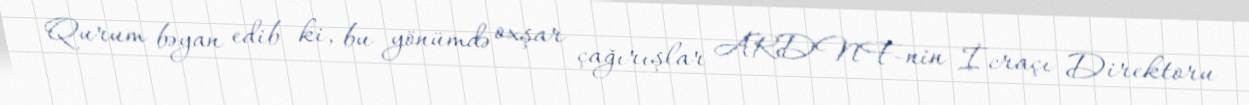
Qurum bəyan edib ki, bu yönümdə oxşar çağırışlar ARDNF-nin İcraçı Direktoru